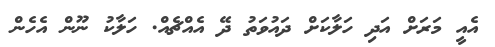
އެއީ މަރަށް އަދި ހަލާކަށް ދައުވަތު ދޭ އެއްޗެއް. ހަލާކު ނޫން އެހެން